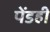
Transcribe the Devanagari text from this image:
पेंडही